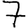
Digit: 7